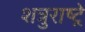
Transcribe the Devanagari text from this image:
शत्रुराष्ट्रे